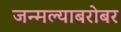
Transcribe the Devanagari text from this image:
जन्मल्याबरोबर